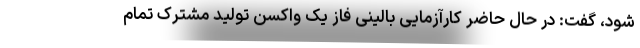
شود، گفت: در حال حاضر کارآزمایی بالینی فاز یک واکسن تولید مشترک تمام